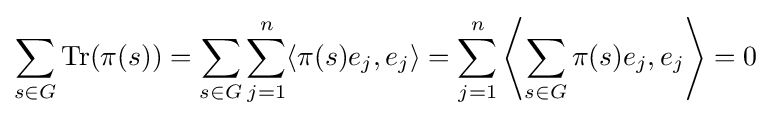
\sum _{s\in G}{\text{Tr}}(\pi (s))=\sum _{s\in G}\sum _{j=1}^{n}\langle \pi (s)e_{j},e_{j}\rangle =\sum _{j=1}^{n}\left\langle \sum _{s\in G}\pi (s)e_{j},e_{j}\right\rangle =0